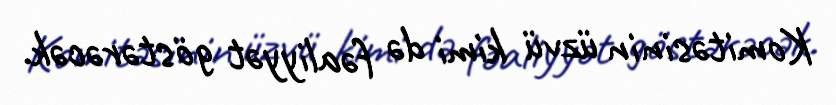
Komitəsinin üzvü kimi də fəaliyyət göstərəcək.